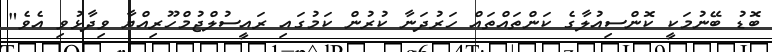
ބޮޑު ބޭނުމަކީ ކޮންސިއުލާގެ ކަންތައްތައް ހަރުދަނާ ކުރުން ކަމުގައި ރައީސުލްޖުމްހޫރިއްޔާ ވިދާޅުވި އެވެ"